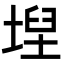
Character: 𡍤